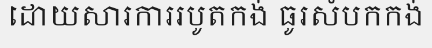
ដោយសារការរបូតកង់ ធូរសំបកកង់